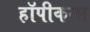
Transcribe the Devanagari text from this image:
हॉपीकन्स